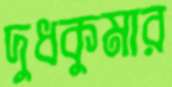
দুধকুমার